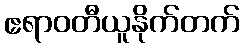
ဧရာဝတီယူနိုက်တက်